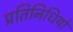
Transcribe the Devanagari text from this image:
प्रतिनिधियो